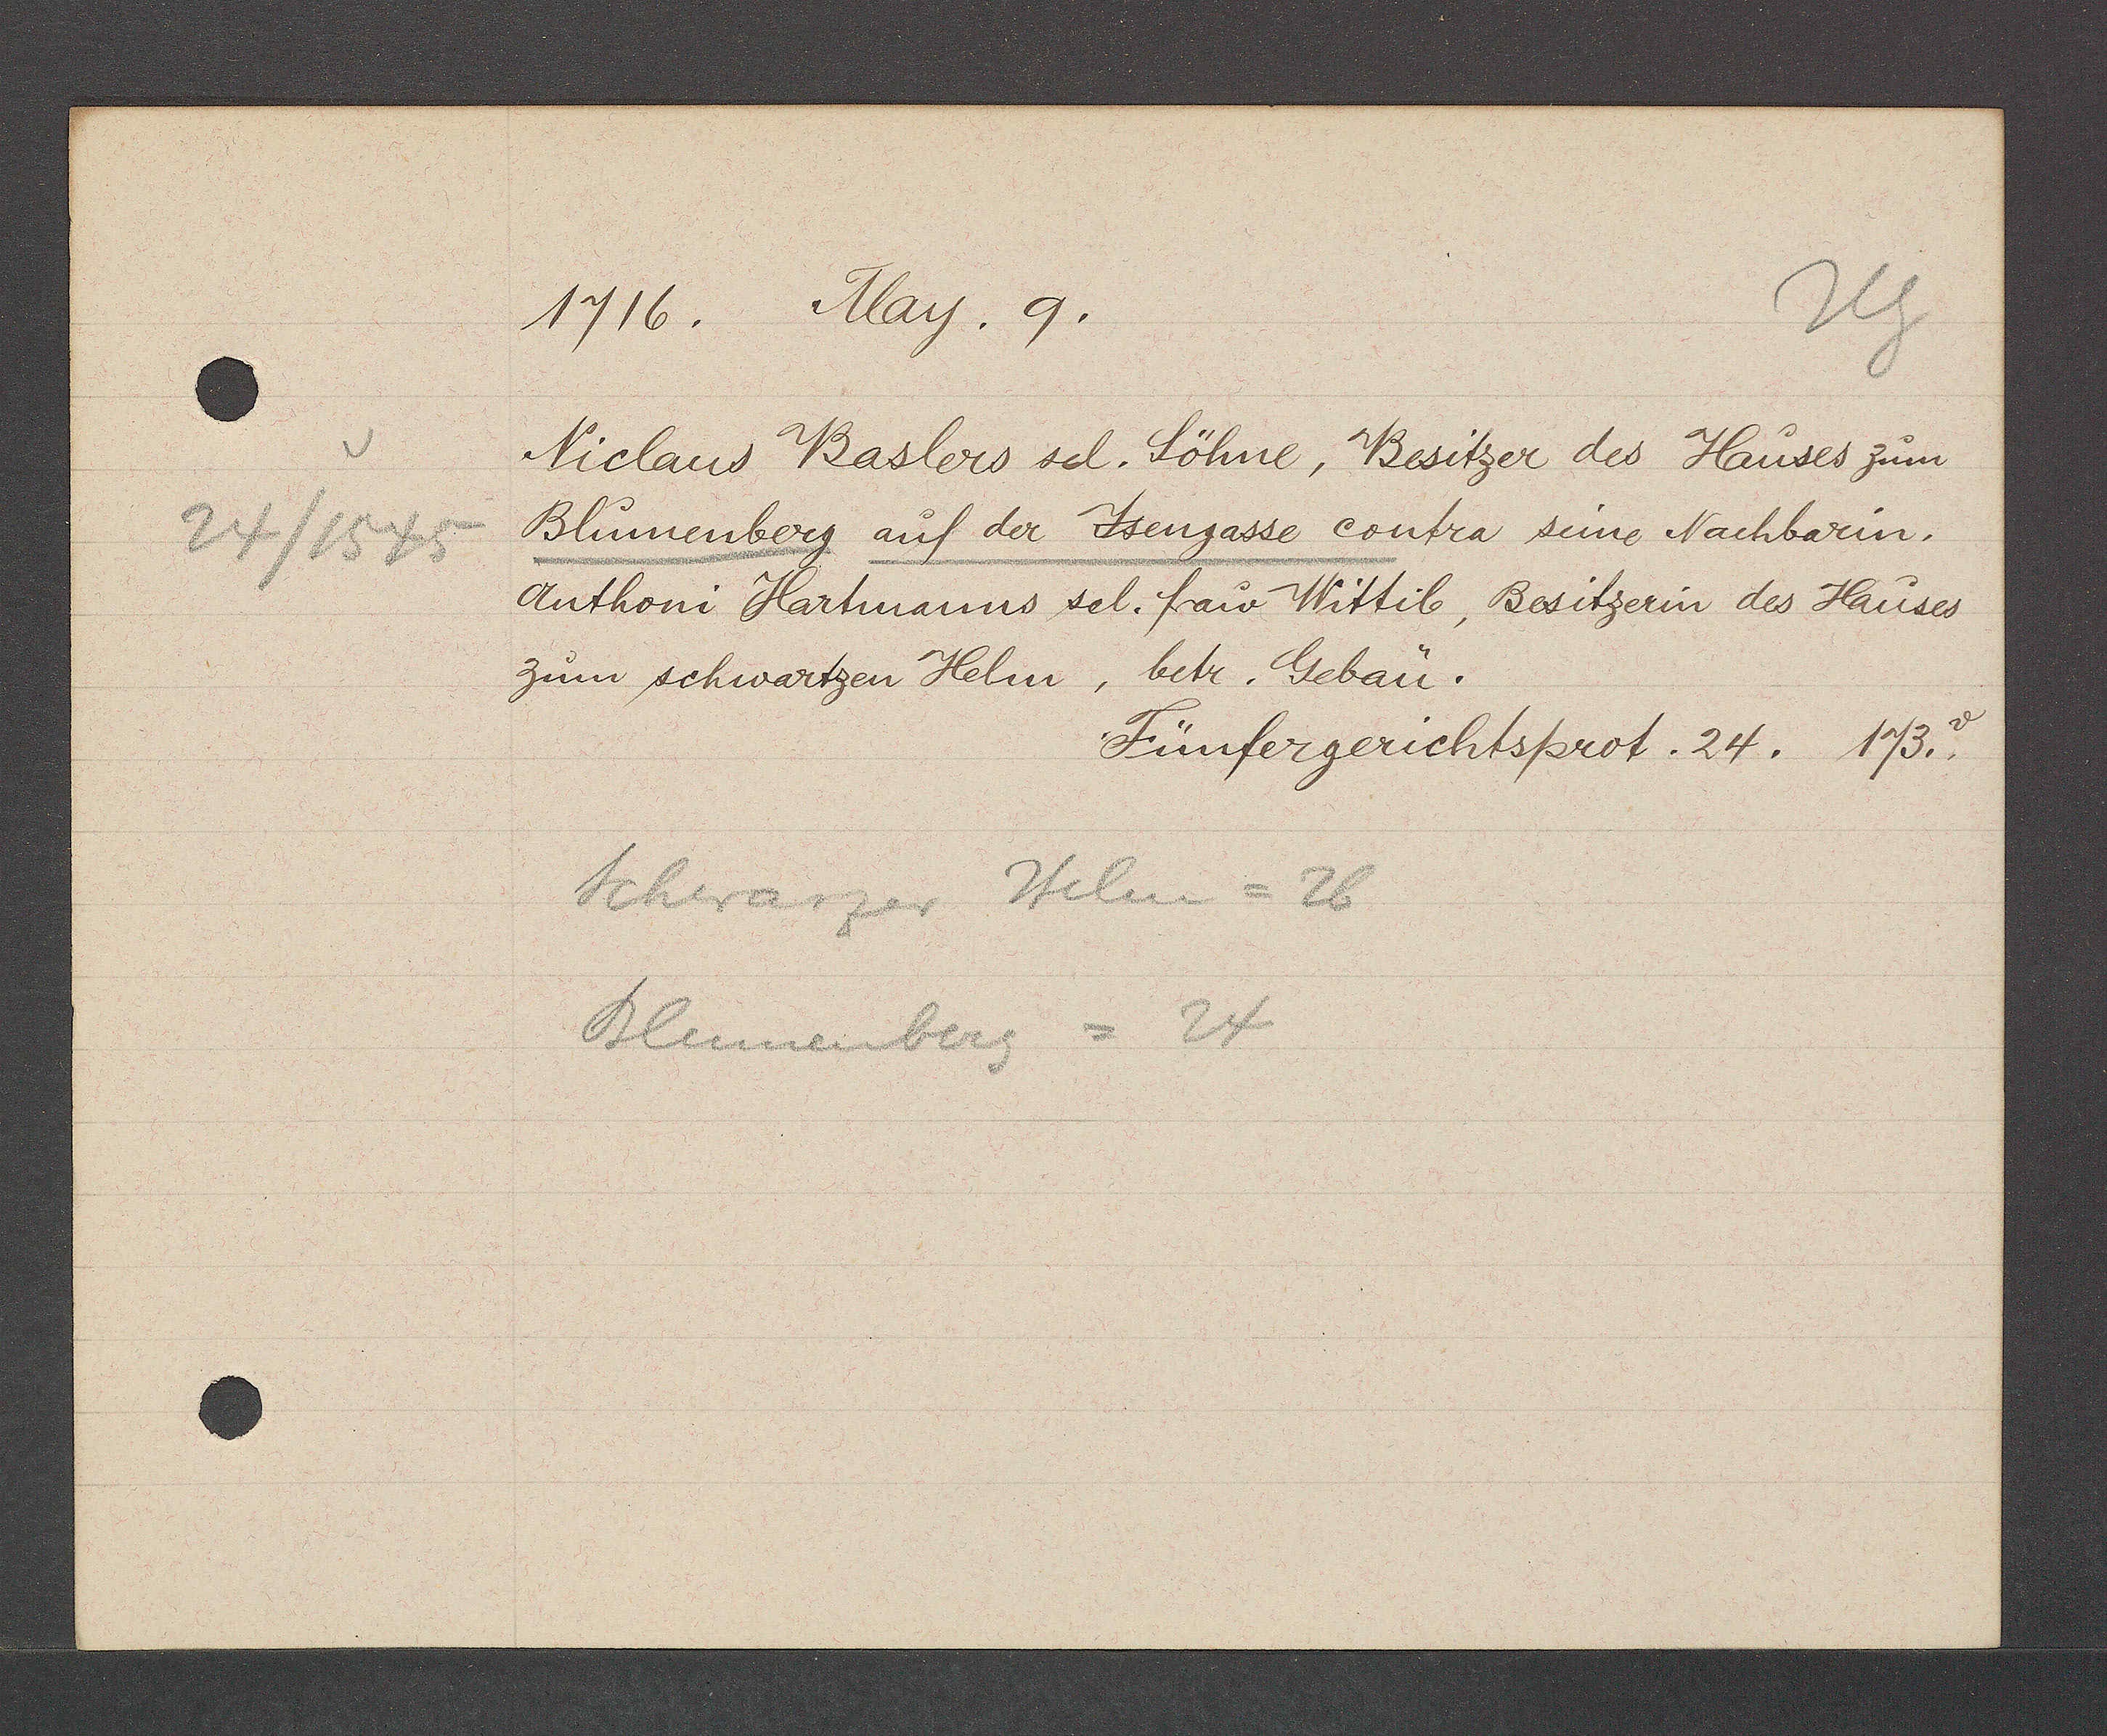
Transcript:
24 /1545

1716. May. 9.
Niclaus Baslers sel. Söhne, Besitzer des Hauses zum
Blumenberg auf der Jsengasse contra seine Nachbarin.
Anthoni Hartmanns sel. frau Wittib, Besitzerin des Hauses
zum schwartzen Helm, betr. Gebau.
Fünfergerichtsprot. 24. 173.v
Schwarzer Helm = 26
Blumenberg = 24